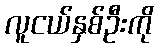
လူငယ်နှစ်ဦးကို